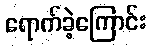
ရောက်ခဲ့ကြောင်း